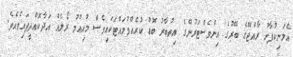
އެމަނިކުފާނު ރާއްޖޭގެ ބޭރުގެ އިންވެސްޓަރުންގެ އިތުބާރު ބޮޑު ކުރެއްވުމައްޓަކައިވެސް މުހިއްމު ރޯލެއް އަދާކޮއްދީފައިވެއެވެ.